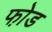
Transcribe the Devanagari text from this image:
फो़ड